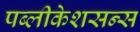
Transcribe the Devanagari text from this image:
पब्लीकेशसन्स